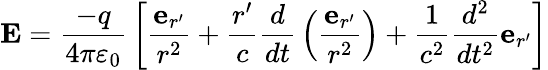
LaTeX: \mathbf{E}={\frac{-q}{4\pi\varepsilon_{0}}}\left[{\frac{\mathbf{e}_{r^{\prime}}}{r^{2}}}+{\frac{r^{\prime}}{c}}{\frac{d}{dt}}\left({\frac{\mathbf{e}_{r^{\prime}}}{r^{2}}}\right)+{\frac{1}{c^{2}}}{\frac{d^{2}}{dt^{2}}}\mathbf{e}_{r^{\prime}}\right]